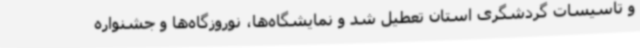
و تأسیسات گردشگری استان تعطیل شد و نمایشگاه‌ها، نوروزگاه‌ها و جشنواره